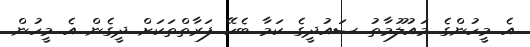
އެ މީހުންގެ މައުލޫމާތު ސައުދީގެ ކަމާ ބެހޭ ފަރާތްތަކަށް ދީގެން އެ މީހުން